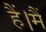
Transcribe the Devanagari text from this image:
हैं।मैं